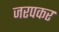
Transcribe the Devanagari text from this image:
जरपकर